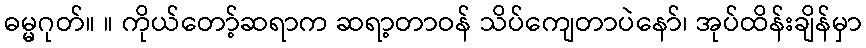
ဓမ္မဂုတ်။ ။ ကိုယ်တော့်ဆရာက ဆရာ့တာဝန် သိပ်ကျေတာပဲနော်၊ အုပ်ထိန်းချိန်မှာ